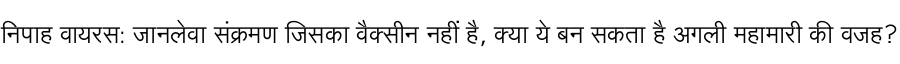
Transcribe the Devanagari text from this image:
निपाह वायरस: जानलेवा संक्रमण जिसका वैक्सीन नहीं है, क्या ये बन सकता है अगली महामारी की वजह?